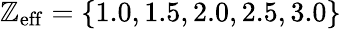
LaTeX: \mathbb{Z}_{\mathrm{{eff}}}=\left\{ 1.0,1.5,2.0,2.5,3.0\right\}